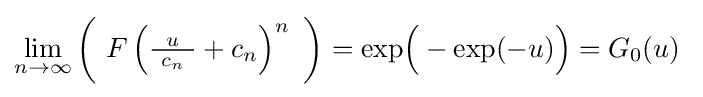
\lim _{n\to \infty }{\biggl (}\ F\left({\tfrac {u}{~c_{n}\ }}+c_{n}\right)^{n}\ {\biggr )}=\exp \!{\Bigl (}-\exp(-u){\Bigr )}=G_{0}(u)~